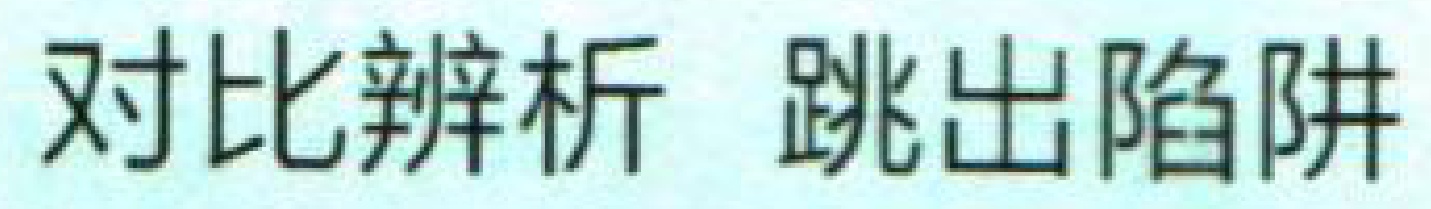
对比辨析 跳出陷阱